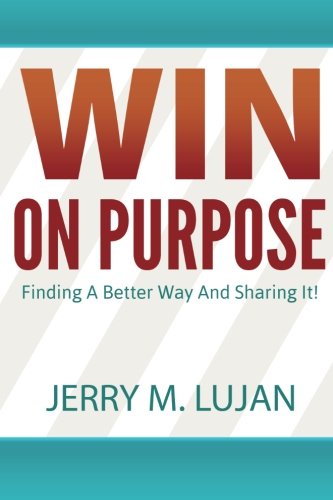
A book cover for Win on Purpose!: Finding A Better Way and Sharing It!; Jerry M Lujan; Business & Money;